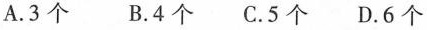
A.3个 B.4个 C.5个 D.6个